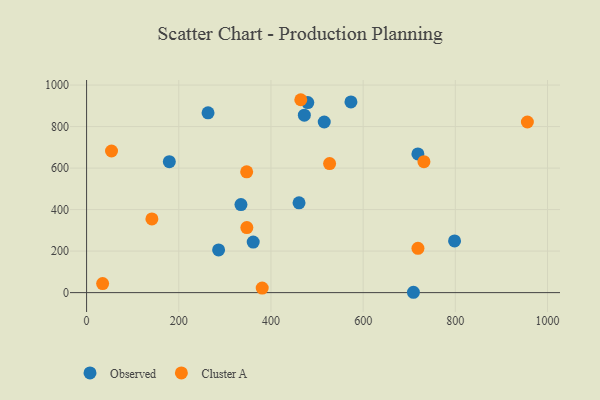
{"axis": {"x": "Speed", "y": "Fuel Efficiency"}, "legend": ["Cluster A", "Observed"], "data": [{"x": "179.5", "y": 631.0, "type": "Observed"}, {"x": "718.8", "y": 668.4, "type": "Observed"}, {"x": "286.4", "y": 205.9, "type": "Observed"}, {"x": "263.5", "y": 866.3, "type": "Observed"}, {"x": "709.1", "y": 1.6, "type": "Observed"}, {"x": "361.5", "y": 243.6, "type": "Observed"}, {"x": "334.9", "y": 424.2, "type": "Observed"}, {"x": "573.5", "y": 918.9, "type": "Observed"}, {"x": "460.9", "y": 432.8, "type": "Observed"}, {"x": "798.3", "y": 249.1, "type": "Observed"}, {"x": "479.9", "y": 915.6, "type": "Observed"}, {"x": "472.4", "y": 854.9, "type": "Observed"}, {"x": "515.6", "y": 822.1, "type": "Observed"}, {"x": "956.3", "y": 822.0, "type": "Cluster A"}, {"x": "731.9", "y": 630.9, "type": "Cluster A"}, {"x": "381.0", "y": 21.9, "type": "Cluster A"}, {"x": "54.1", "y": 682.3, "type": "Cluster A"}, {"x": "34.8", "y": 43.4, "type": "Cluster A"}, {"x": "347.7", "y": 313.2, "type": "Cluster A"}, {"x": "141.7", "y": 355.2, "type": "Cluster A"}, {"x": "464.7", "y": 929.4, "type": "Cluster A"}, {"x": "347.3", "y": 582.1, "type": "Cluster A"}, {"x": "527.2", "y": 621.7, "type": "Cluster A"}, {"x": "718.9", "y": 213.4, "type": "Cluster A"}]}